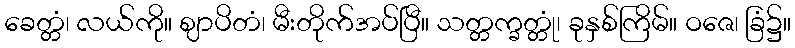
ခေတ္တံ၊ လယ်ကို။ ဈာပိတံ၊ မီးတိုက်အပ်ပြီ။ သတ္တက္ခတ္တုံ၊ ခုနှစ်ကြိမ်။ ဝဇေ၊ ခြံ၌။